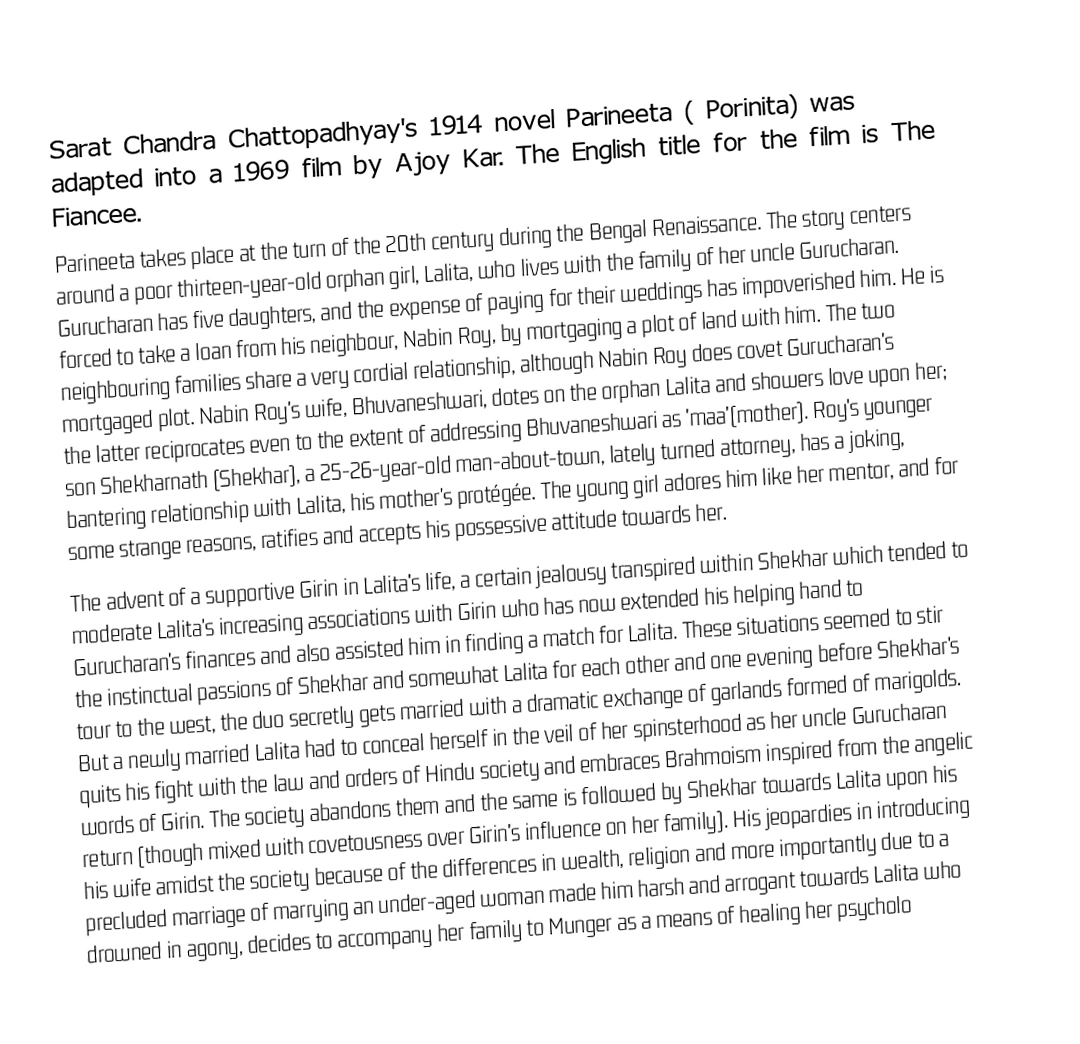
Sarat Chandra Chattopadhyay's 1914 novel Parineeta  ( Porinita) was adapted into a 1969 film by Ajoy Kar. The English title for the film is The Fiancee.
Parineeta takes place at the turn of the 20th century during the Bengal Renaissance. The story centers around a poor thirteen-year-old orphan girl, Lalita, who lives with the family of her uncle Gurucharan. Gurucharan has five daughters, and the expense of paying for their weddings has impoverished him. He is forced to take a loan from his neighbour, Nabin Roy, by mortgaging a plot of land with him. The two neighbouring families share a very cordial relationship, although Nabin Roy does covet Gurucharan's mortgaged plot. Nabin Roy's wife, Bhuvaneshwari, dotes on the orphan Lalita and showers love upon her; the latter reciprocates even to the extent of addressing Bhuvaneshwari as 'maa'(mother). Roy's younger son Shekharnath (Shekhar), a 25-26-year-old man-about-town, lately turned attorney, has a joking, bantering relationship with Lalita, his mother's protégée. The young girl adores him like her mentor, and for some strange reasons, ratifies and accepts his possessive attitude towards her.
The advent of a supportive Girin in Lalita's life, a certain jealousy transpired within Shekhar which tended to moderate Lalita's increasing associations with Girin who has now extended his helping hand to Gurucharan's finances and also assisted him in finding a match for Lalita. These situations seemed to stir the instinctual passions of Shekhar and somewhat Lalita for each other and one evening before Shekhar's tour to the west, the duo secretly gets married with a dramatic exchange of garlands formed of marigolds. But a newly married Lalita had to conceal herself in the veil of her spinsterhood as her uncle Gurucharan quits his fight with the law and orders of Hindu society and embraces Brahmoism inspired from the angelic words of Girin. The society abandons them and the same is followed by Shekhar towards Lalita upon his return (though mixed with covetousness over Girin's influence on her family). His jeopardies in introducing his wife amidst the society because of the differences in wealth, religion and more importantly due to a precluded marriage of marrying an under-aged woman made him harsh and arrogant towards Lalita who drowned in agony, decides to accompany her family to Munger as a means of healing her psycholo